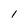
Character: l